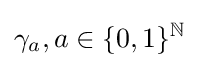
\gamma _{a},a\in \{0,1\}^{\mathbb {N} }